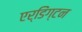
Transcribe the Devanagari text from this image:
एर्डिंग्टन